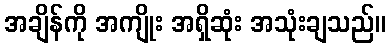
အချိန်ကို အကျိုး အရှိဆုံး အသုံးချသည်။